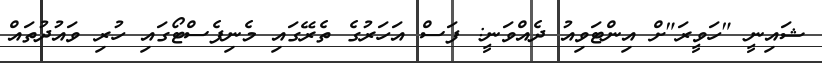
ޝައިނީ "ހަވީރަ"ށް އިންޓަވިއު ދެއްވަނީ: ފަސް އަހަރުގެ ތެރޭގައި މެނިފެސްޓޯގައި ހުރި ވައުދުތައް